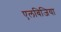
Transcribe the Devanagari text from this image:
एलबिजिया